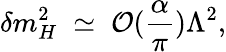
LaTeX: \delta m_{H}^{2}\; \simeq\; {\cal O}({\frac{\alpha}{\pi}})\Lambda^{2},